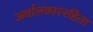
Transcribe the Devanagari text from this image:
अर्थालंकाररहिता